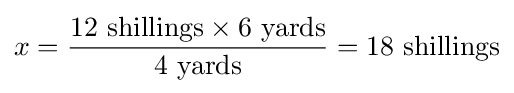
x={\frac {12\ {\text{shillings}}\times 6\ {\text{yards}}}{4\ {\text{yards}}}}=18\ {\text{shillings}}